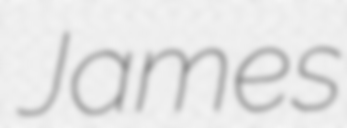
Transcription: James